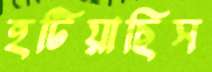
হটিয়াছিস